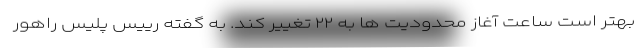
بهتر است ساعت آغاز محدودیت ها به ۲۲ تغییر کند. به گفته رییس پلیس راهور